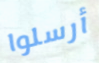
أرسلوا